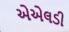
એએલડી